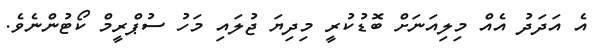
އެ އަދަދު އެއް މިލިއަނަށް ބޮޑުކުރީ މިދިޔަ ޖުލައި މަހު ސުޕްރީމް ކޯޓުންނެވެ.